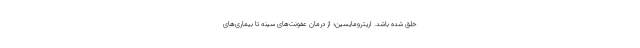
خلق شده باشد. اریترومایسین؛ از درمان عفونت‌های سینه تا بیماری‌های